Indian journal of veterinary science and animal husbandry - Volumes 26-27, 1956-1957
Year: 1956
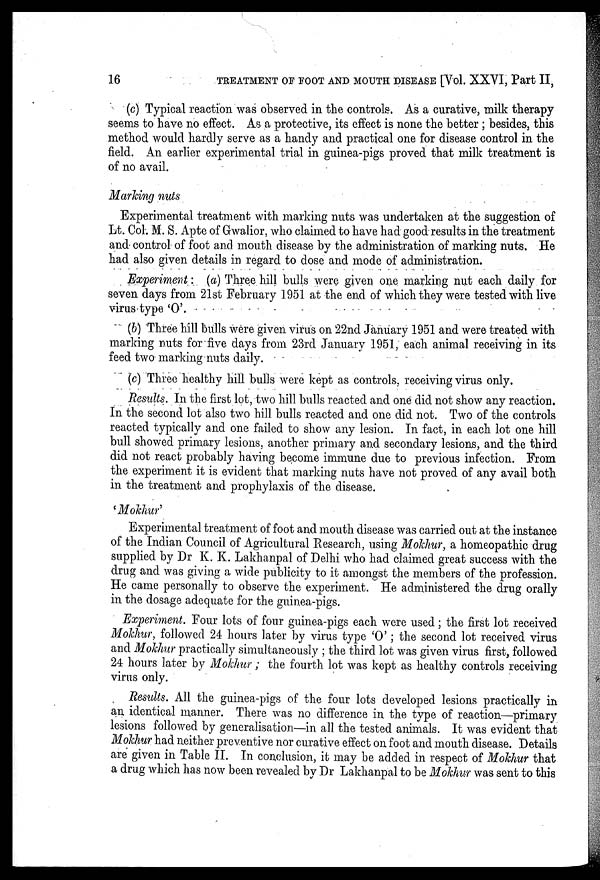
16
TREATMENT OF FOOT AND MOUTH DISEASE [Vol. XXVI, Part II,
(c) Typical reaction was observed in the controls. As a curative, milk therapy
seems to have no effect. As a protective, its effect is none the better ; besides, this
method would hardly serve as a handy and practical one for disease control in the
field. An earlier experimental trial in guinea-pigs proved that milk treatment is
of no avail.
Marking nuts
Experimental treatment with marking nuts was undertaken at the suggestion of
Lt. Col. M. S. Apte of Gwalior, who claimed to have had good results in the treatment
and control of foot and mouth disease by the administration of marking nuts. He
had also given details in regard to dose and mode of administration.
Experiment : (a) Three hill bulls were given one marking nut each daily for
seven days from 21st February 1951 at the end of which they were tested with live
virus type 'O'.
(b) Three hill bulls were given virus on 22nd January 1951 and were treated with
marking nuts for five days from 23rd January 1951, each animal receiving in its
feed two marking nuts daily.
(c) Three healthy hill bulls were kept as controls, receiving virus only.
Results. In the first lot, two hill bulls reacted and one did not show any reaction.
In the second lot also two hill bulls reacted and one did not. Two of the controls
reacted typically and one failed to show any lesion. In fact, in each lot one hill
bull showed primary lesions, another primary and secondary lesions, and the third
did not react probably having become immune due to previous infection. From
the experiment it is evident that marking nuts have not proved of any avail both
in the treatment and prophylaxis of the disease.
'Mokhur'
Experimental treatment of foot and mouth disease was carried out at the instance
of the Indian Council of Agricultural Research, using Mokhur, a homeopathic drug
supplied by Dr K. K. Lakhanpal of Delhi who had claimed great success with the
drug and was giving a wide publicity to it amongst the members of the profession.
He came personally to observe the experiment. He administered the drug orally
in the dosage adequate for the guinea-pigs.
Experiment. Four lots of four guinea-pigs each were used; the first lot received
Mokhur, followed 24 hours later by virus type 'O'; the second lot received virus
and Mokhur practically simultaneously ; the third lot was given virus first, followed
24 hours later by Mokhur; the fourth lot was kept as healthy controls receiving
virus only.
Results. All the guinea-pigs of the four lots developed lesions practically in
an identical manner. There was no difference in the type of reaction—primary
lesions followed by generalisation—in all the tested animals. It was evident that
Mokhur had neither preventive nor curative effect on foot and mouth disease. Details
are given in Table II. In conclusion, it may be added in respect of Mokhur that
a drug which has now been revealed by Dr Lakhanpal to be Mokhur was sent to this